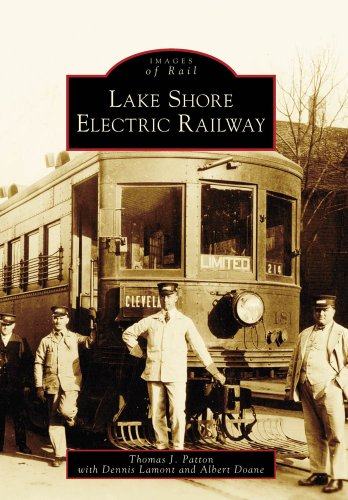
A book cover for Lake Shore Electric Railway (OH) (Images of Rail); Thomas J. Patton; Arts & Photography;